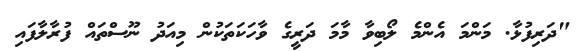
"ދަރިފުޅާ. މަންމަ އެންމެ ލޯބިވާ މާމަ ދަރީގެ ވާހަކަތަކުން މިއަދު ނޫސްތައް ފުރާލާފައި